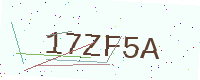
Text: 17ZF5A